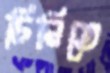
চিনিতে